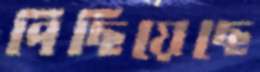
পিছিয়েছে